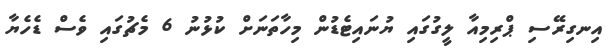
އިނގިރޭސި ޕްރިމިއާ ލީގުގައި ޔުނައިޓެޑުން މިހާތަނަށް ކުޅުނު 6 މެޗުގައި ވެސް ޑެހެޔާ